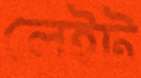
লেইট